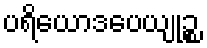
ပရိယောဒပေယျုဉ္စ